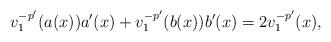
LaTeX: \begin{align*}v_1^{-p'}(a(x))a'(x)+v_1^{-p'}(b(x))b'(x)= 2v_1^{-p'}(x),\end{align*}